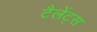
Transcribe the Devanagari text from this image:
टैलेंट्स